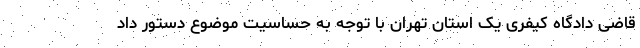
قاضی دادگاه کیفری یک استان تهران با توجه به حساسیت موضوع دستور داد